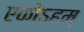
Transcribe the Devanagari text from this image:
एकोऽहम्